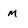
Character: M